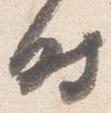
時